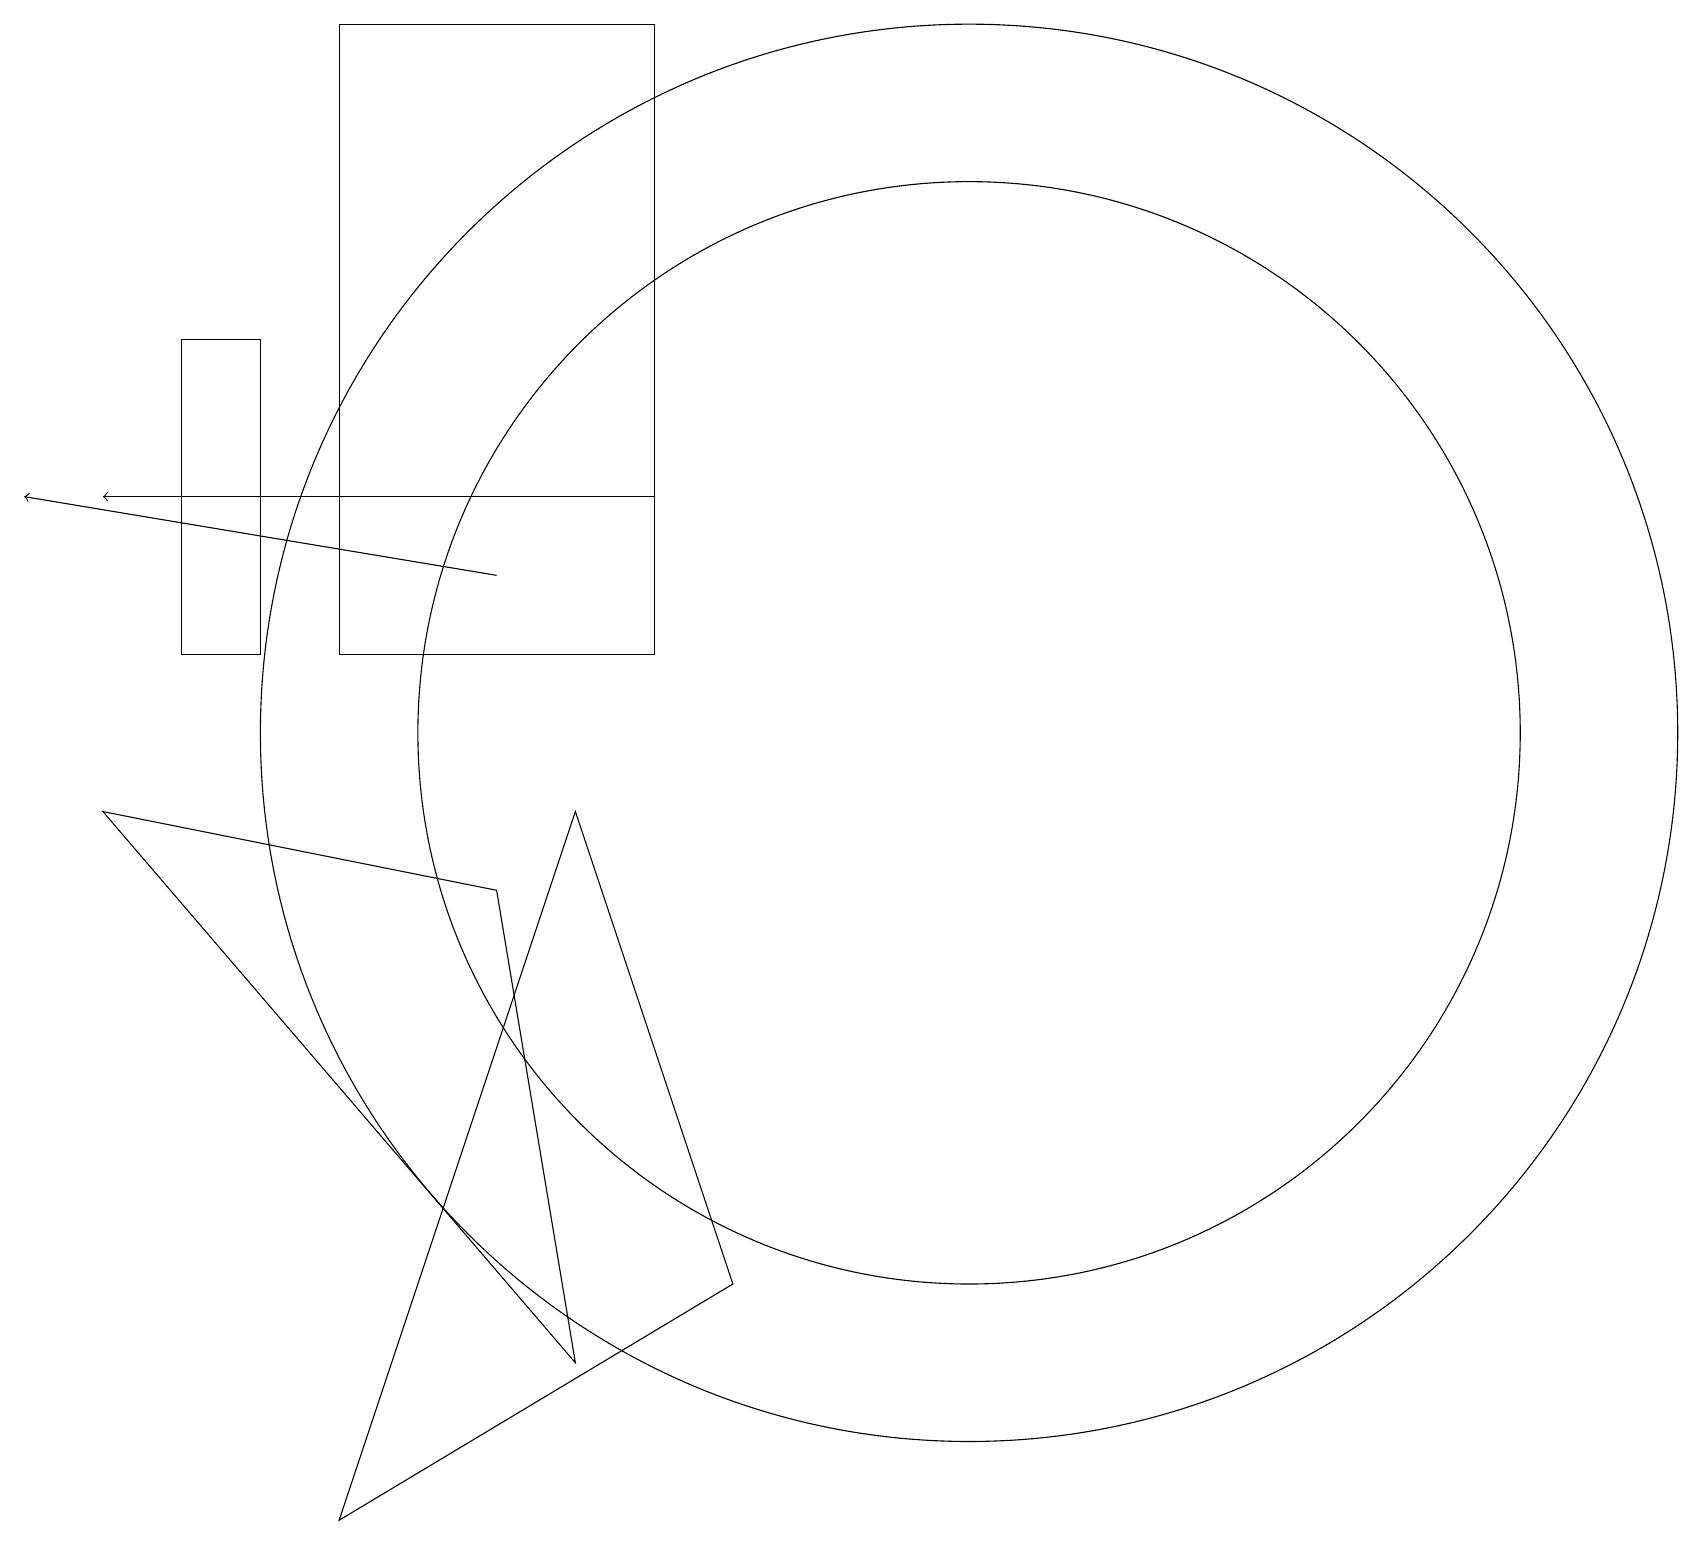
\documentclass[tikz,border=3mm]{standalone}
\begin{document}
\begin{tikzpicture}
\draw (12,10) circle (9);
\draw (1,9) -- (6,8) -- (7,2) -- cycle;
\draw (4,19) rectangle (8,11);
\draw (9,3) -- (7,9) -- (4,0) -- cycle;
\draw[->] (8,13) -- (1,13);
\draw[->] (6,12) -- (0,13);
\draw (3,15) rectangle (2,11);
\draw (12,10) circle (7);
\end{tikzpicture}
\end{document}